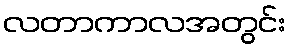
လတာကာလအတွင်း